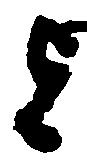
旨